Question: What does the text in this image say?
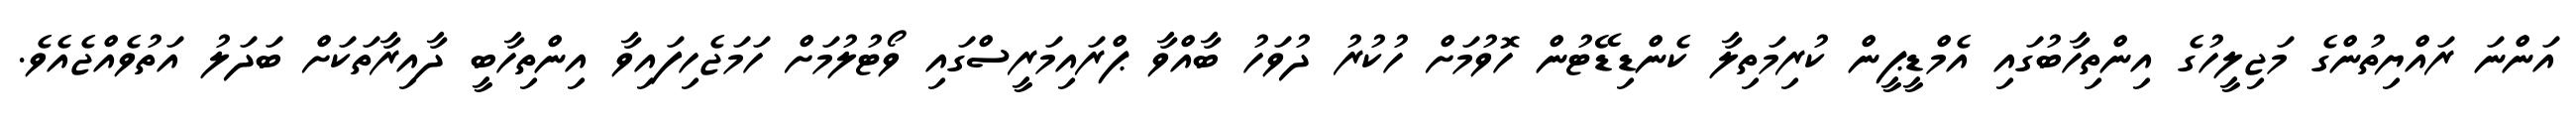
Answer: އަންނަ ރައްޔިތުންގެ މަޖިލީހުގެ އިންތިހާބުގައި އެމްޑީޕީން ކުރިމަތިލާ ކެންޑިޑޭޓުން ހޮވުމަށް ހުކުރު ދުވަހު ބާއްވާ ޕްރައިމަރީސްގައި ވޯޓުލުމަށް ހަމަޖެހިފައިވާ އިންތިހާބީ ދާއިރާތަކަށް ބަދަލު އަތުވެއްޖެއެވެ.